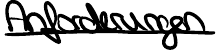
Anforderungen